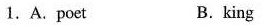
1.A.poet B.king